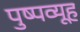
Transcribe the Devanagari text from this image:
पुष्पव्यूह